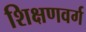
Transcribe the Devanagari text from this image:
शिक्षणवर्ग